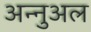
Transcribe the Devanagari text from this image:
अन्नुअल